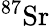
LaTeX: ^{87}\textrm{Sr}